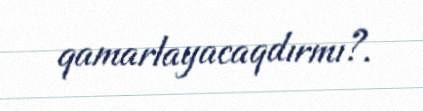
qamarlayacaqdırmı?.